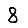
Digit: 8